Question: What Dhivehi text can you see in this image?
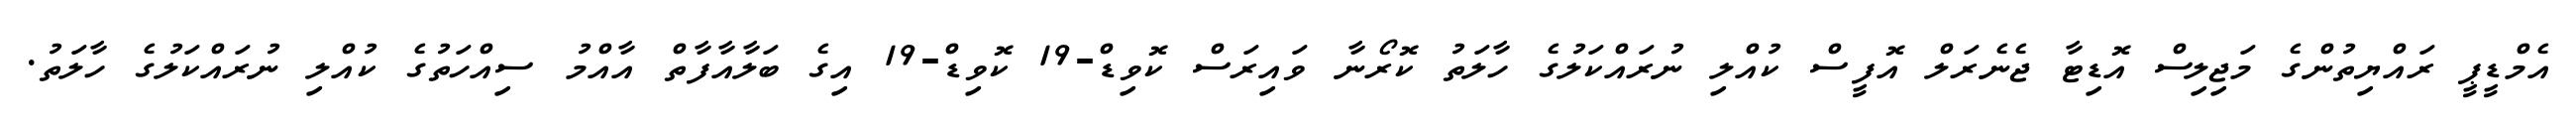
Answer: އެމްޑީޕީ ރައްޔިތުންގެ މަޖިލިސް އޮޑިޓާ ޖެނެރަލް އޮފީސް ކުއްލި ނުރައްކަލުގެ ހާލަތު ކޮރޯނާ ވައިރަސް ކޮވިޑް-19 ކޮވިޑް-19 އިގެ ބަލާއާފާތް އާއްމު ސިއްހަތުގެ ކުއްލި ނުރައްކަލުގެ ހާލަތު.